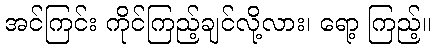
အင်ကြင်း ကိုင်ကြည့်ချင်လို့လား၊ ရော့ ကြည့်။